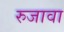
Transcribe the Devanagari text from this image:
रुजावा